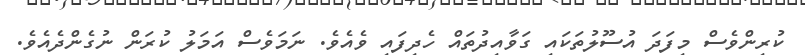
ކުރިންވެސް މިފަދަ އުސޫލުތަކައި ގަވާއިދުތައް ހެދިފައި ވެއެވެ. ނަމަވެސް އަމަލު ކުރަން ނުގެންދެއެވެ.